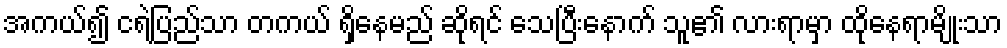
အကယ်၍ ငရဲပြည်သာ တကယ် ရှိနေမည် ဆိုရင် သေပြီးနောက် သူ၏ လားရာမှာ ထိုနေရာမျိုးသာ